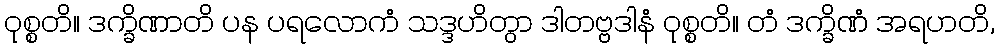
ဝုစ္စတိ။ ဒက္ခိဏာတိ ပန ပရလောကံ သဒ္ဒဟိတွာ ဒါတဗ္ဗဒါနံ ဝုစ္စတိ။ တံ ဒက္ခိဏံ အရဟတိ,